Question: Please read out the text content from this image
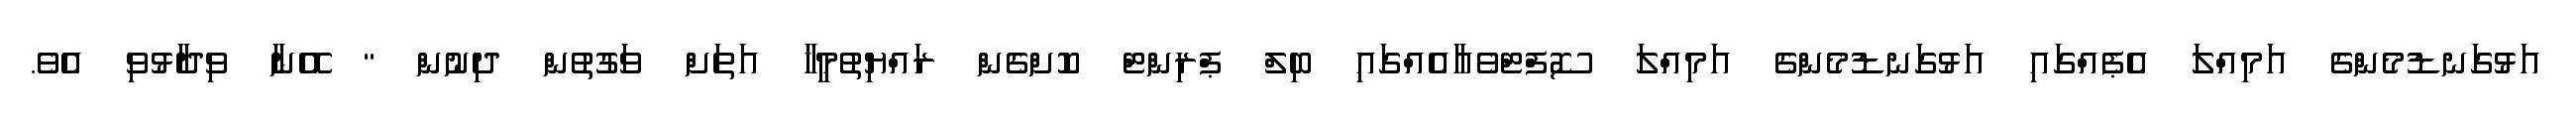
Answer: އަޅުގަނޑުމެންގެ އަމިއްލަ އެޕެއްގައި އަޅުގަނޑުމެންގެ އަމިއްލަ ސޮފްޓްވެއާއެއްގައި ބިލް ޕްރިންޓް ކޮށްގެން ރައްޔިތުމީހާ އަތަށް ވަގުތުން ދިނުން " އޭނާ ވިދާޅުވި އެވެ.